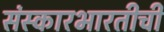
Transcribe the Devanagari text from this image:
संस्कारभारतीची